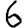
Digit: 6